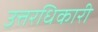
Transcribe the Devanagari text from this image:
उत्तरधिकारी